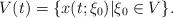
LaTeX: \begin{align*}V(t)=\{x(t;\xi_0)| \xi_0 \in V\}.\end{align*}